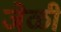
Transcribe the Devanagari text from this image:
जेळी